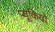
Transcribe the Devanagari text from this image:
प्यूकियो